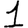
Digit: 1